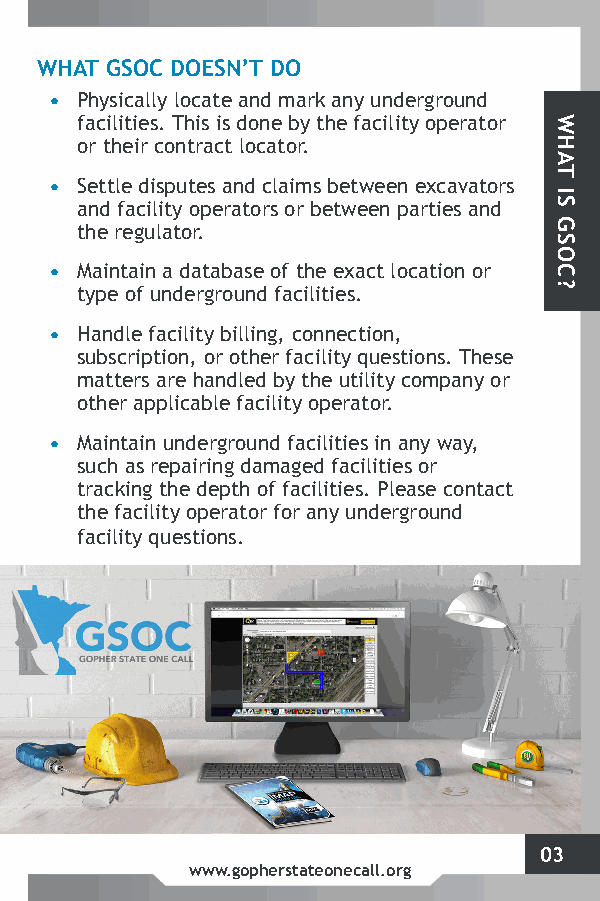
WHAT GSOC DOESN’T DO
 • Physically locate and mark any underground
 facilities. This is done by the facility operator
 or their contract locator.
 • Settle disputes and claims between excavators
 and facility operators or between parties and
 the regulator.
 • Maintain a database of the exact location or
 type of underground facilities.
 • Handle facility billing, connection,
 subscription, or other facility questions. These
 matters are handled by the utility company or
 other applicable facility operator.
 • Maintain underground facilities in any way,
 such as repairing damaged facilities or
 tracking the depth of facilities. Please contact
 the facility operator for any underground
 facility questions.
 03
 www.gopherstateonecall.org
 WHAT
 IS
 GSOC?